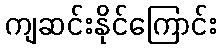
ကျဆင်းနိုင်ကြောင်း